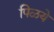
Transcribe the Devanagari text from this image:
पिळये